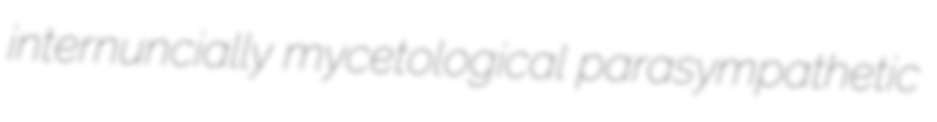
internuncially mycetological parasympathetic